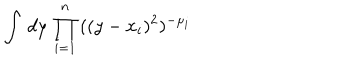
\int \, d y \, \prod _ { i = 1 } ^ { n } \, ( ( y - x _ { i } ) ^ { 2 } ) ^ { - \mu _ { i } }